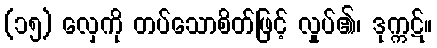
(၁၅) လှေကို တပ်သောစိတ်ဖြင့် လှုပ်၏၊ ဒုက္ကဋ်။